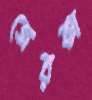
জেরক্স